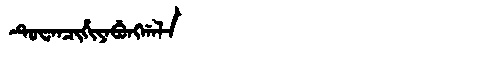
Manchu: ᡨᡠᠸᠠᠨᠴᡳᡥᡳᠶᠠᠪᡠᠩᡤᠠᠯᠠ
Romanization: TUWANCIHIYABUNGGALA